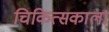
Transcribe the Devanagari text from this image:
चिकित्सकाला